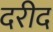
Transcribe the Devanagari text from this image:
दरीद